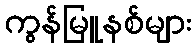
ကွန်မြူနစ်များ